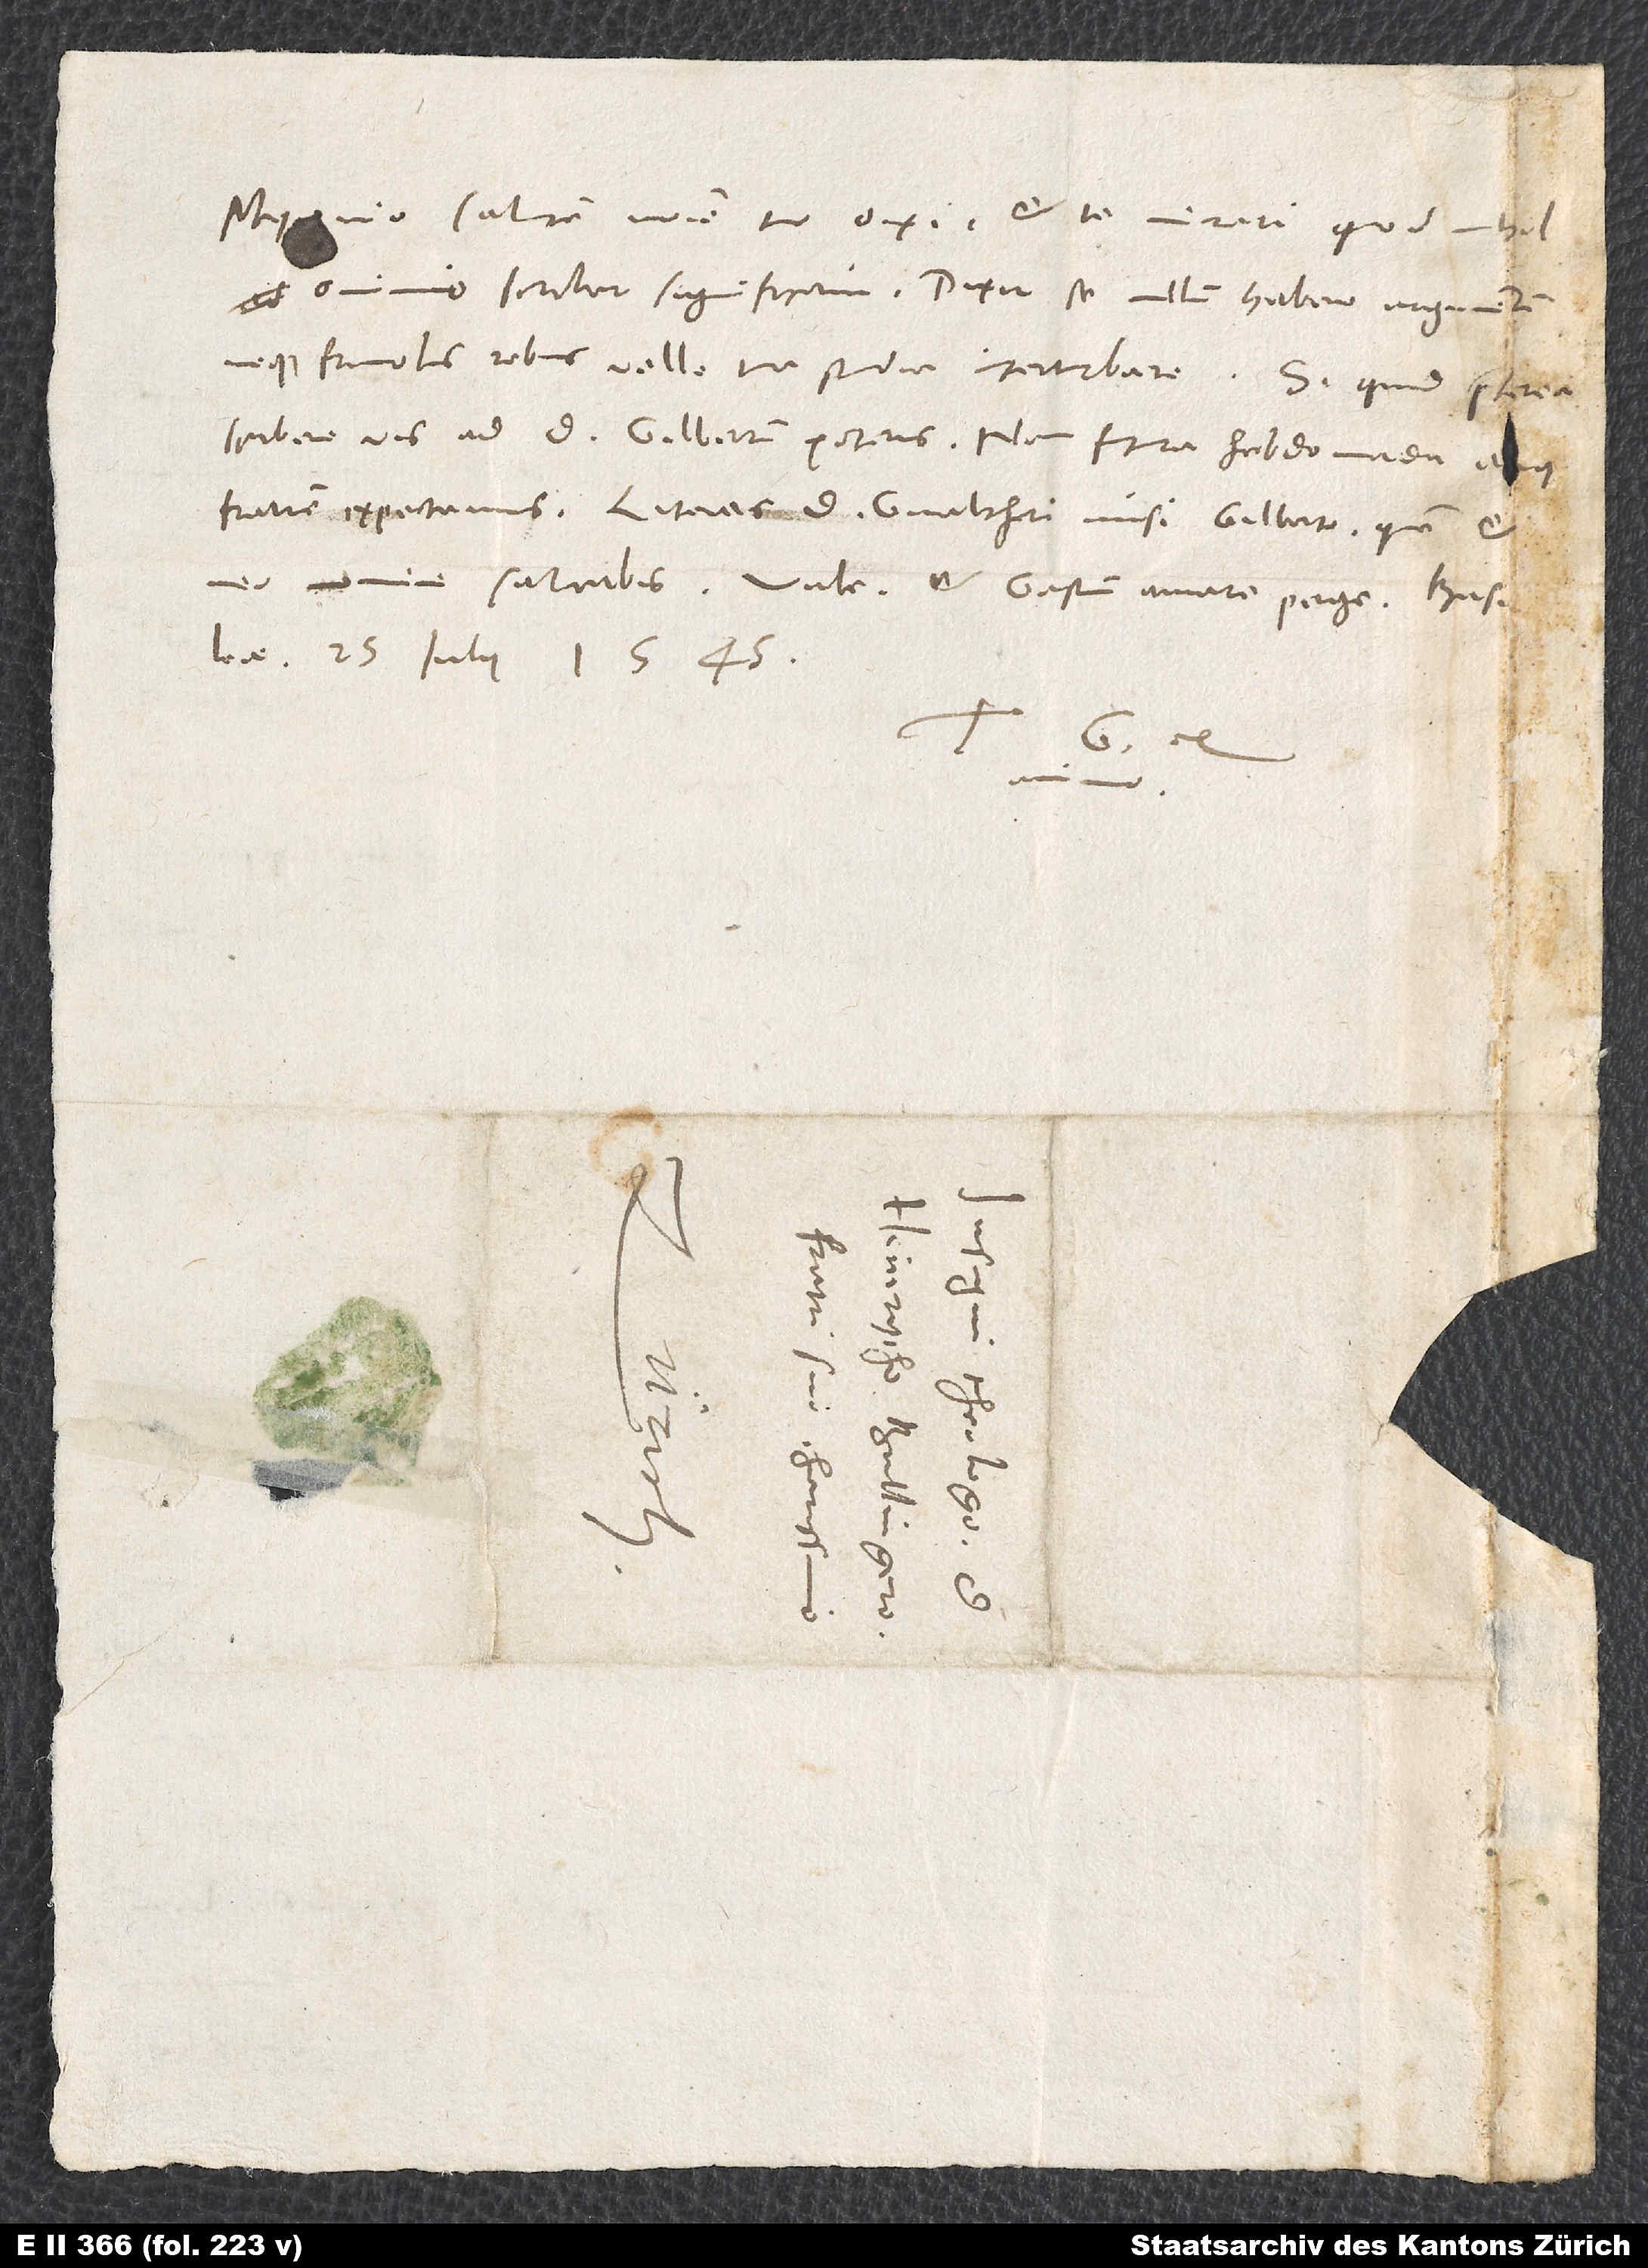
Myconio salutem nomine tuo dixi et te mirari, quod nih
neque frivolis rebus velle tua studia interturbare.
Basi, 25. iulii 1545.
G.
S.
d.